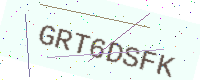
Text: GRT6DSFK